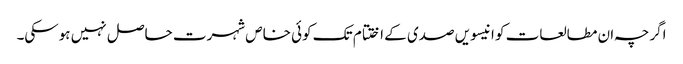
اگرچہ ان مطالعات کو انیسویں صدی کے اختتام تک کوئی خاص شہرت حاصل نہیں ہوسکی۔